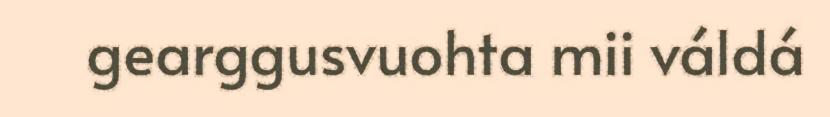
gearggusvuohta mii váldá